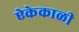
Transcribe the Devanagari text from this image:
ऐकेकाळी